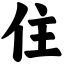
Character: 住